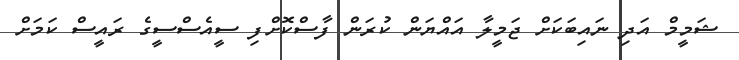
ޝަމީމް އަދި ނައިބަކަށް ޖަމީލާ އައްޔަން ކުރަން ފާސްކޮށްފި ސީއެސްސީގެ ރައީސް ކަމަށް